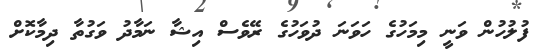
ފުލުހުން ވަނީ މިމަހުގެ ހަވަނަ ދުވަހުގެ ރޭވެސް އިޝާ ނަމާދު ވަގުތާ ދިމާކޮށް